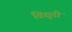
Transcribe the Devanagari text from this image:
विद्युती